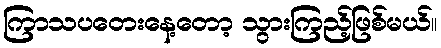
ကြာသပတေးနေ့တော့ သွားကြည့်ဖြစ်မယ်။